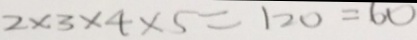
2 \times 3 \times 4 \times 5 = 1 2 0 = 6 0